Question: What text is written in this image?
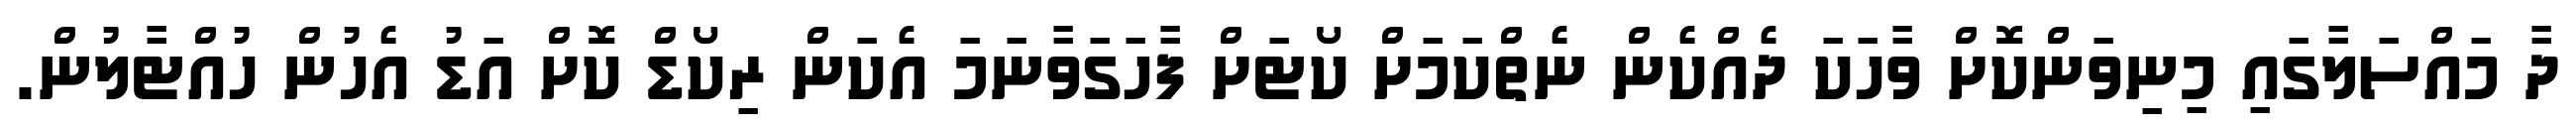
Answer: ދާ މައްސަލާގައި މިނިވަންކޮށް ވާހަކަ ދެއްކެން ނެތްކަމަށް ކޯޓަށް ފާހަގަވާނަމަ އެކަން ރިކޯޑް ކޮށް އަޑު އެހުން ހުއްޓާލުން.